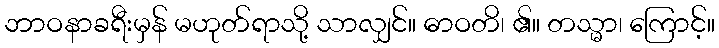
ဘာဝနာခရီးမှန် မဟုတ်ရာသို့ သာလျှင်။ ဓာဝတိ၊ ၏။ တသ္မာ၊ ကြောင့်။